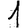
Digit: 1